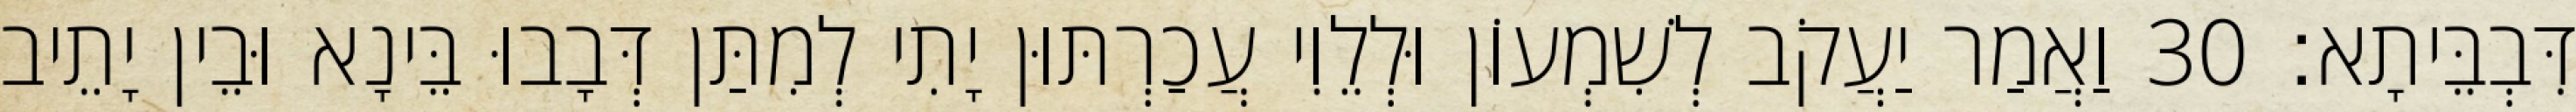
דִּבְבֵּיתָא׃ 30 וַאֲמַר יַעֲקֹב לְשִׁמְעוֹן וּלְלֵוִי עֲכַרְתּוּן יָתִי לְמִתַּן דְּבָבוּ בֵּינָא וּבֵין יָתֵיב